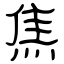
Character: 焦